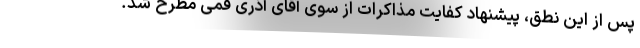
پس از این نطق، پیشنهاد کفایت مذاکرات از سوی آقای آذری قمی مطرح شد.